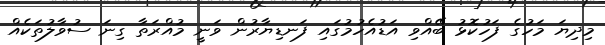
މިދިޔަ މަހުގެ ފަހުކޮޅު ބޭއްވި އަޑުއެހުމުގައި ފަނޑިޔާރުން ވަނީ މުއްރަތާ ގިނަ ސުވާލުތަކެއް